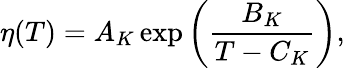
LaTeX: \eta(T)=A_{K}\exp{\left(\frac{B_{K}}{T-C_{K}}\right)},